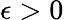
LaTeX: \epsilon>0